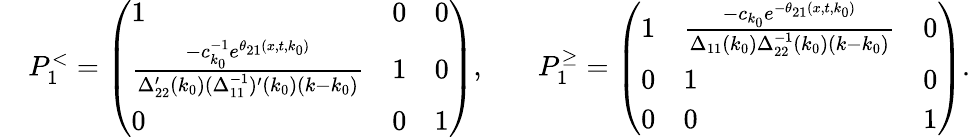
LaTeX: \begin{array}{rlrl}&{P_{1}^{<}=\left(\begin{array}{lll}{1}&{0}&{0}\\ {\frac{-c_{k_{0}}^{-1}e^{\theta_{21}(x,t,k_{0})}}{\Delta_{22}^{\prime}(k_{0})(\Delta_{11}^{-1})^{\prime}(k_{0})(k-k_{0})}}&{1}&{0}\\ {0}&{0}&{1}\end{array}\right),}&&{P_{1}^{\geq}=\left(\begin{array}{lll}{1}&{\frac{-c_{k_{0}}e^{-\theta_{21}(x,t,k_{0})}}{\Delta_{11}(k_{0})\Delta_{22}^{-1}(k_{0})(k-k_{0})}}&{0}\\ {0}&{1}&{0}\\ {0}&{0}&{1}\end{array}\right).}\end{array}